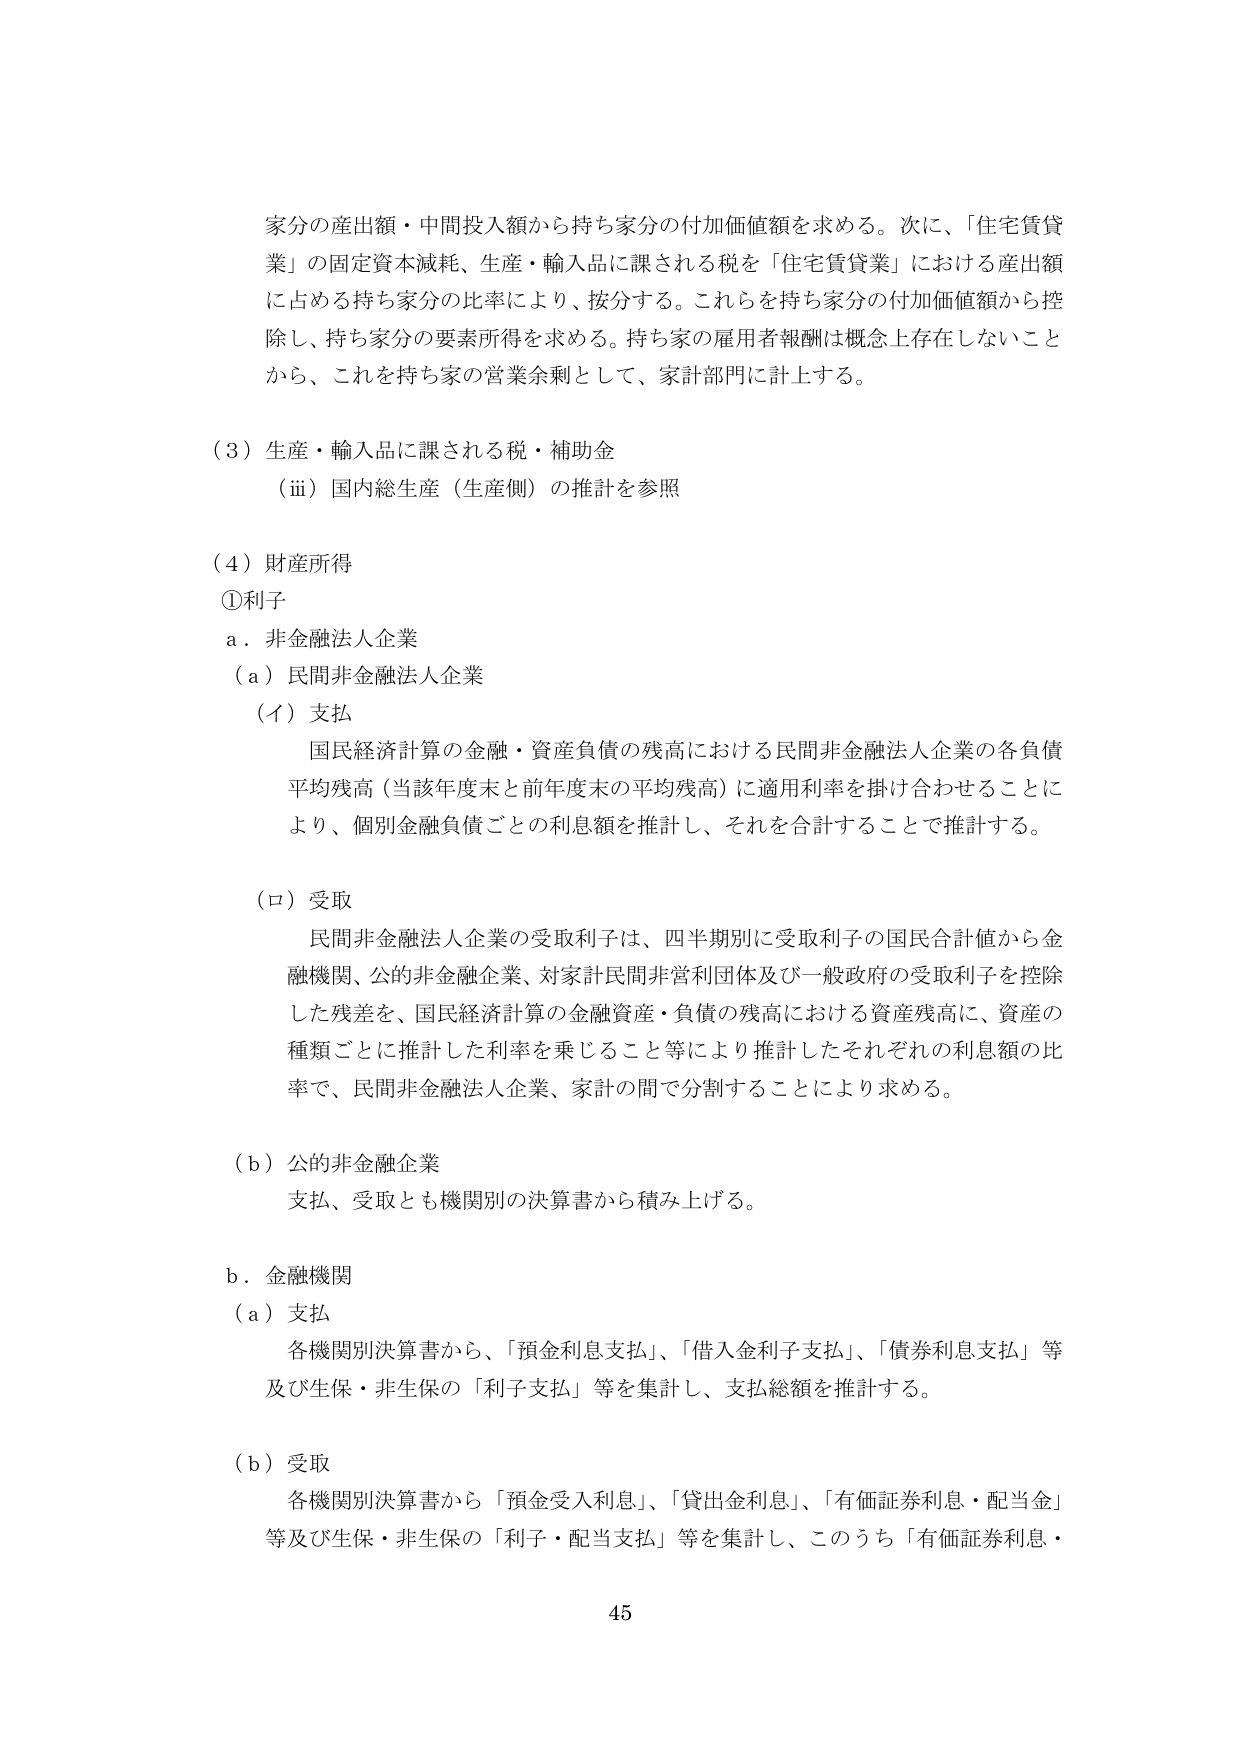
家分の産出額・中間投入額から持ち家分の付加価値額を求める。次に、「住宅賃貸業」の固定資本減耗、生産・輸入品に課される税を「住宅賃貸業」における産出額に占める持ち家分の比率により、按分する。これらを持ち家分の付加価値額から控除し、持ち家分の要素所得を求める。持ち家の雇用者報酬は概念上存在しないことから、これを持ち家の営業余剰として、家計部門に計上する。

（３）生産・輸入品に課される税・補助金
　　（ⅲ）国内総生産（生産側）の推計を参照

（４）財産所得
　①利子
　　ａ．非金融法人企業
　　　（ａ）民間非金融法人企業
　　　　（イ）支払
　　　　　国民経済計算の金融・資産負債の残高における民間非金融法人企業の各負債平均残高（当該年度末と前年度末の平均残高）に適用利率を掛け合わせることにより、個別金融負債ごとの利息額を推計し、それを合計することで推計する。

　　　　（ロ）受取
　　　　　民間非金融法人企業の受取利子は、四半期別に受取利子の国民合計値から金融機関、公的非金融企業、対家計民間非営利団体及び一般政府の受取利子を控除した残差を、国民経済計算の金融資産・負債の残高における資産残高に、資産の種類ごとに推計した利率を乗じること等により推計したそれぞれの利息額の比率で、民間非金融法人企業、家計の間で分割することにより求める。

　　　（ｂ）公的非金融企業
　　　　　支払、受取とも機関別の決算書から積み上げる。

　　ｂ．金融機関
　　　（ａ）支払
　　　　　各機関別決算書から、「預金利息支払」、「借入金利子支払」、「債券利息支払」等及び生保・非生保の「利子支払」等を集計し、支払総額を推計する。

　　　（ｂ）受取
　　　　　各機関別決算書から「預金受入利息」、「貸出金利息」、「有価証券利息・配当金」等及び生保・非生保の「利子・配当支払」等を集計し、このうち「有価証券利息・

45